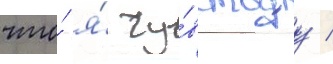
что́ я́ чу́вствуу /